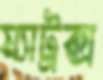
ম্যাট্রক্স